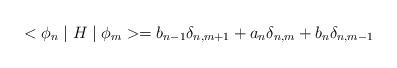
LaTeX: \begin{align*}<\phi _{n}\mid H\mid \phi _{m}>=b_{n-1}\delta _{n,m+1}+a_{n}\delta_{n,m}+b_{n}\delta _{n,m-1} \end{align*}